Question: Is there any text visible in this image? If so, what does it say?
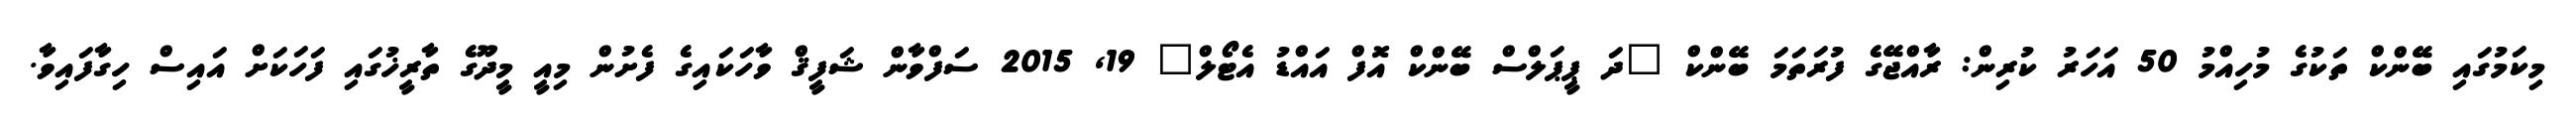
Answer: މިކަމުގައި ބޭންކް ތަކުގެ މުހިއްމު 50 އަހަރު ކުރިން: ރާއްޖޭގެ ފުރަތަމަ ބޭންކް "ދަ ޕީޕަލްސް ބޭންކް އޮފް އައްޑު އެޓޯލް" 19, 2015 ސަފްވާން ޝަފީޤް ވާހަކައިގެ ފެށުން މިއީ މީދޫގެ ތާރީޚުގައި ފަހަކަށް އައިސް ހިގާފައިވާ.